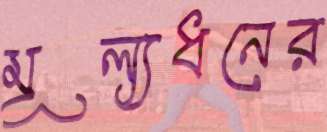
মূল্যধনের